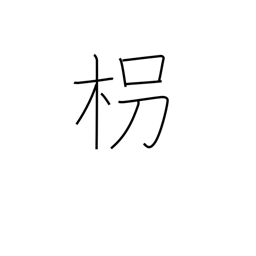
Meaning: walking stick